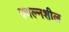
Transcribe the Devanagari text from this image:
ज्वल्नशील